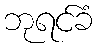
ဘုရင်ခံ